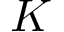
K